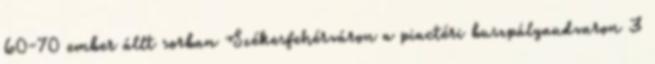
60-70 ember állt sorban Székesfehérváron a piactéri buszpályaudvaron 3